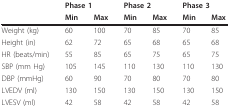
|  | <COLSPAN=2> Phase 1 | <COLSPAN=2> Phase 2 | <COLSPAN=2> Phase 3 |
 |  | Min | Max | Min | Max | Min | Max |
 | --- | --- | --- | --- | --- | --- | --- |
 | Weight (kg) | 60 | 100 | 70 | 85 | 70 | 85 |
 | Height (in) | 62 | 72 | 65 | 68 | 65 | 68 |
 | HR (beats/min) | 55 | 85 | 65 | 75 | 65 | 75 |
 | SBP (mm Hg) | 105 | 145 | 110 | 130 | 110 | 130 |
 | DBP (mmHg) | 60 | 90 | 70 | 80 | 70 | 80 |
 | LVEDV (ml) | 130 | 150 | 130 | 150 | 130 | 150 |
 | LVESV (ml) | 42 | 58 | 42 | 58 | 42 | 58 |